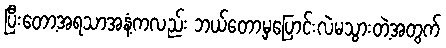
ပြီးတော့အရသာအနံ့ကလည်း ဘယ်တော့မှပြောင်းလဲမသွားတဲ့အတွက်